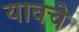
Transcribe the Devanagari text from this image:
यावचे